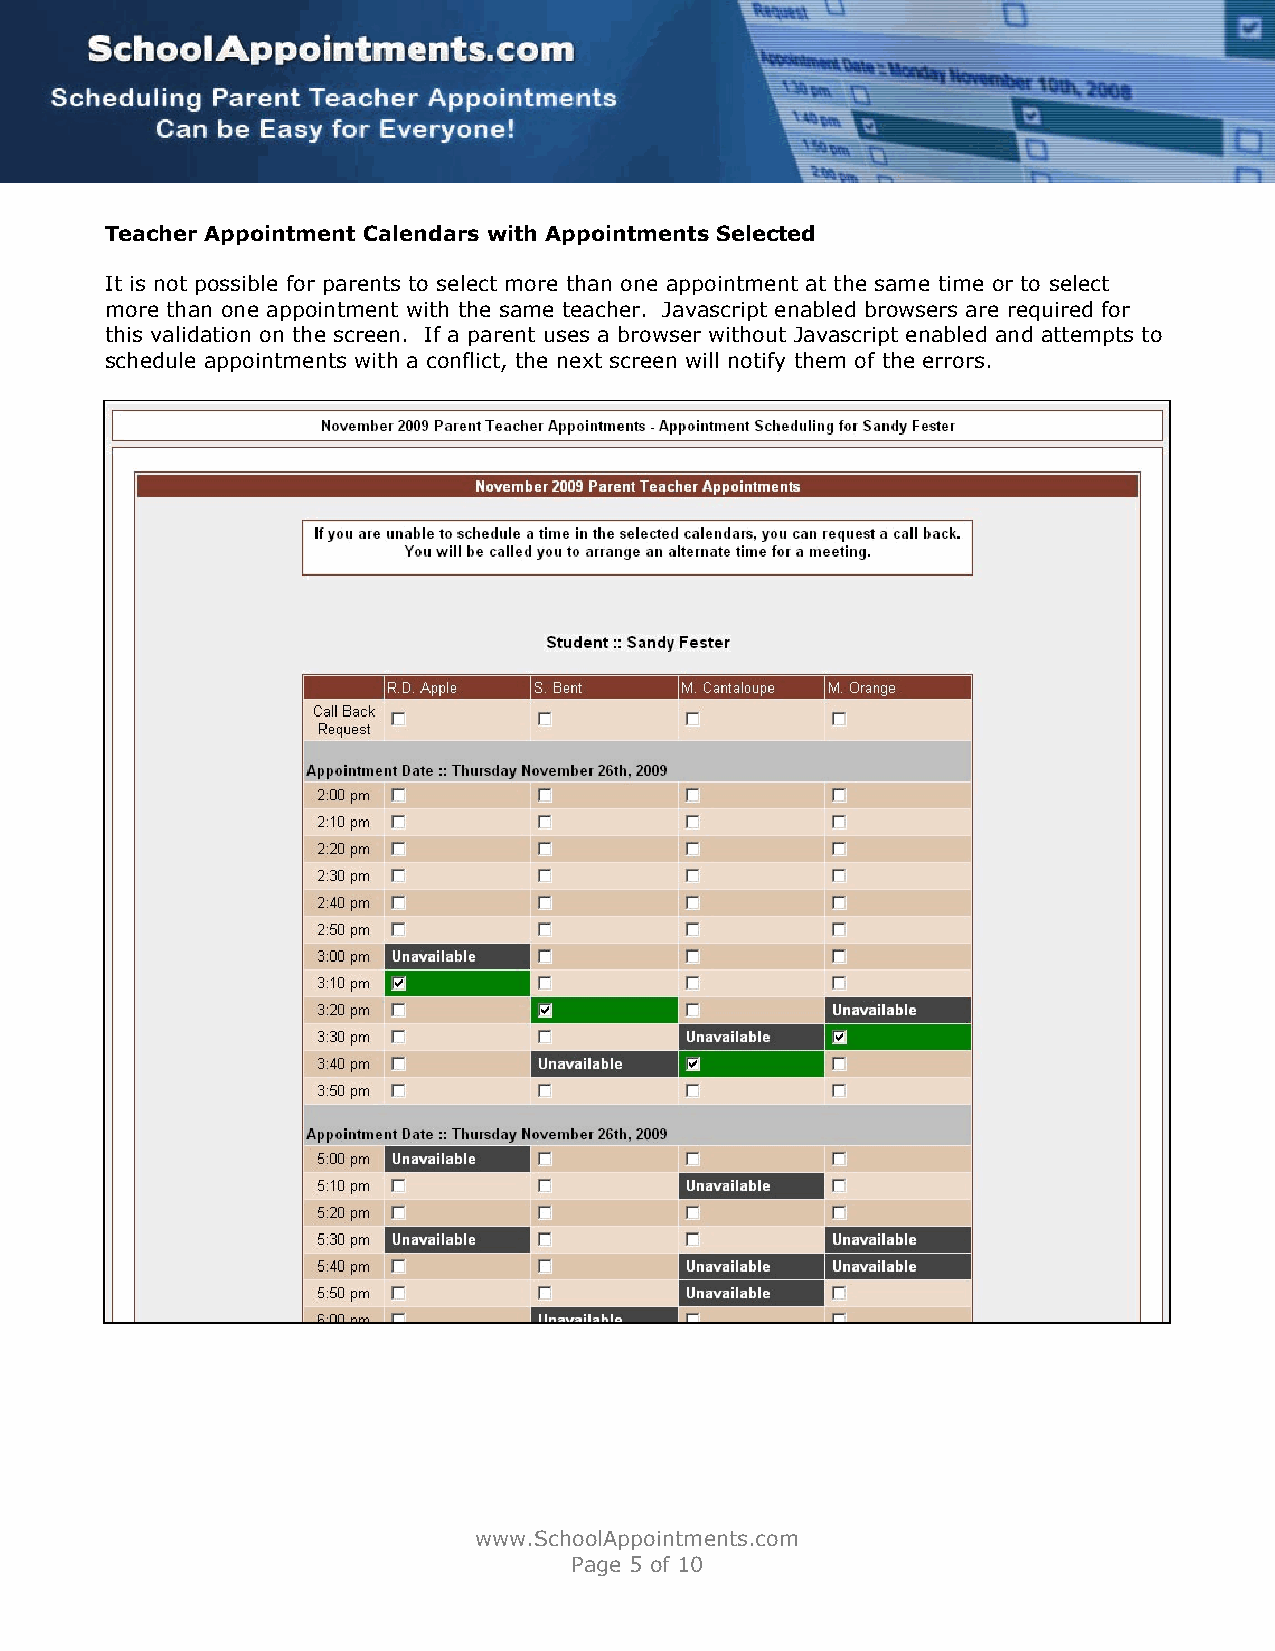
Teacher Appointment Calendars with Appointments Selected
 It is not possible for parents to select more than one appointment at the same time or to select
 more than one appointment with the same teacher. Javascript enabled browsers are required for
 this validation on the screen. If a parent uses a browser without Javascript enabled and attempts to
 schedule appointments with a conflict, the next screen will notify them of the errors.
 www.SchoolAppointments.com
 Page 5 of 10